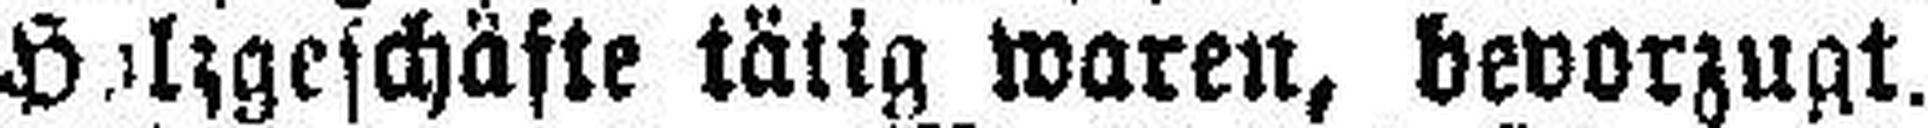
Holzgeschäfte tätig waren, bevorzugt.